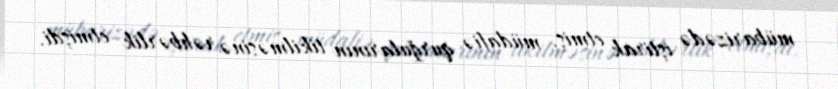
mübarizədə iştirak etmiş, müdafiə qurğularının tikilməsinə rəhbərlik etmişdi.